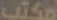
مكتب